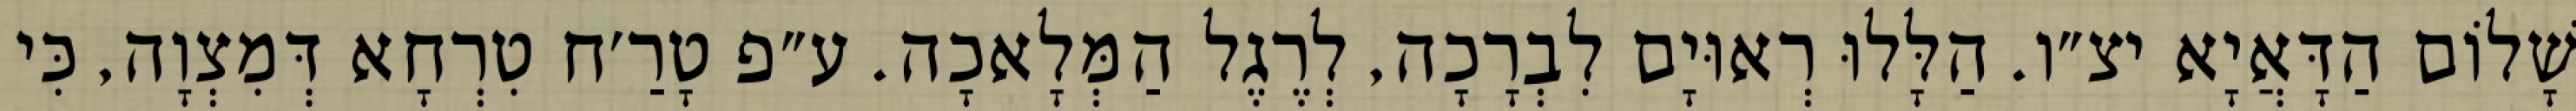
שָׁלוֹם הַדָּאֲיָא יצ״ו. הַלָּלוּ רְאוּיָם לִבְרָכָה, לְרֶגֶל הַמְּלָאכָה. ע״פ טָרַ׳ח טִרְחָא דְּמִצְוָה, כִּי